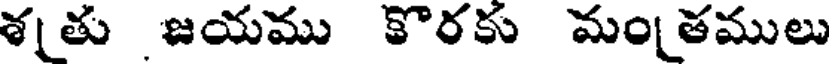
శతు జయము కొరకు మంతములు